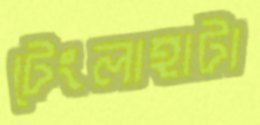
টেংলাহাটা